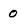
Character: 0